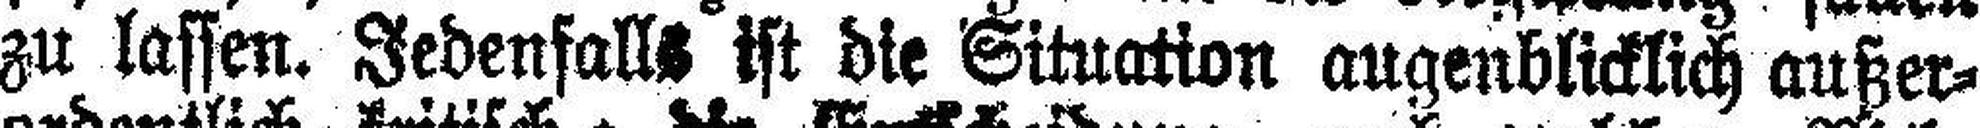
zu lassen. Jedenfalls ist die Situation augenblicklich außer¬